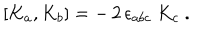
[ K _ { a } , K _ { b } ] = - \, 2 \, \epsilon _ { a b c } \ K _ { c } \ .